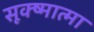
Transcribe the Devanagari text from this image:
सूक्ष्मात्मा